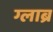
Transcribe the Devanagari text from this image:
ग्लाब्र